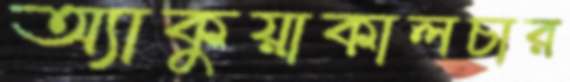
অ্যাকুয়াকালচার